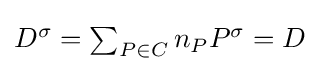
{\textstyle D^{\sigma }=\sum _{P\in C}n_{P}P^{\sigma }=D}